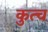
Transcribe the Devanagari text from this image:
कुत्च